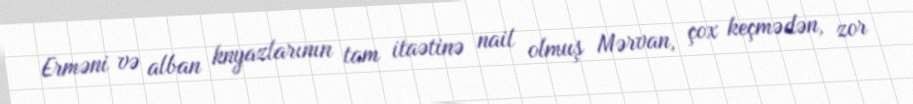
Erməni və alban knyazlarının tam itaətinə nail olmuş Mərvan, çox keçmədən, zor